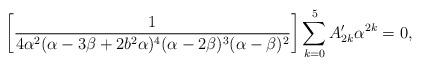
LaTeX: \begin{align*}\bigg[\frac{1}{4\alpha^2(\alpha -3\beta +2b^2\alpha)^4(\alpha -2\beta)^3(\alpha-\beta)^2}\bigg]\sum_{k=0}^{5}A'_{2k}\alpha^{2k} =0,\end{align*}